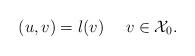
LaTeX: \begin{align*}(u,v)=l(v) \ \ \ \ v\in {\mathcal{X}_0}.\end{align*}